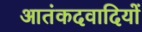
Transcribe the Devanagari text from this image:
आतंकदवादियों